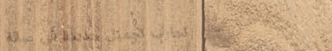
تجارب تجميل جديدة في صالة